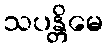
သပန္တိမေ